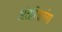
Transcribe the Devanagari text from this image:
अंतरिक्षगंगा